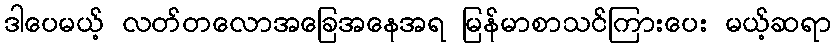
ဒါပေမယ့် လတ်တလောအခြေအနေအရ မြန်မာစာသင်ကြားပေး မယ့်ဆရာ